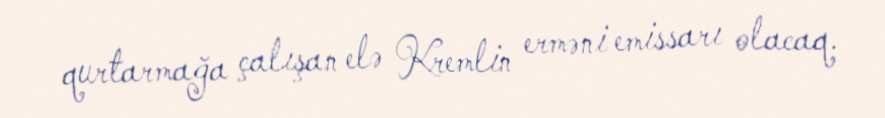
qurtarmağa çalışan elə Kremlin erməni emissarı olacaq.